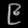
Digit: ၉